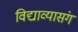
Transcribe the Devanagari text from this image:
विद्याव्यासंग